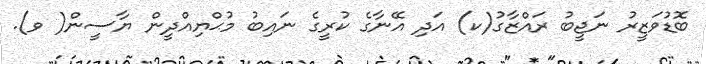
ބޮޑުވަޒީރު ނަޖީބު ރައްޒާގު(ކ) އަދި އޭނާގެ ކުރީގެ ނައިބު މުޙްޔިއްދީން ޔާސީން( ވ).